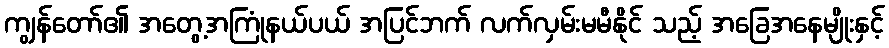
ကျွန်တော်၏ အတွေ့အကြုံနယ်ပယ် အပြင်ဘက် လက်လှမ်းမမီနိုင် သည့် အခြေအနေမျိုးနှင့်